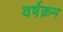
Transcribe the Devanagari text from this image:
वर्षक्रम